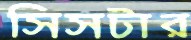
সিসটার